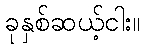
ခုနှစ်ဆယ့်ငါး။